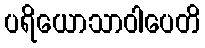
ပရိယောသာဝါပေတိ